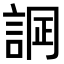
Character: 𧨋